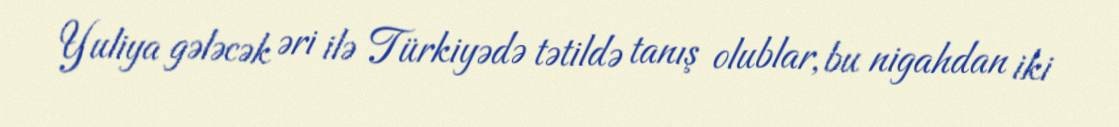
Yuliya gələcək əri ilə Türkiyədə tətildə tanış olublar, bu nigahdan iki